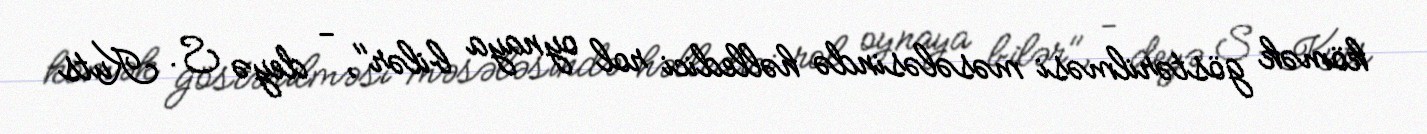
kömək göstərilməsi məsələsində həlledici rol oynaya bilər", - deyə S. Kuts